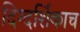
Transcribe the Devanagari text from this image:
दिग्दर्शिकाच